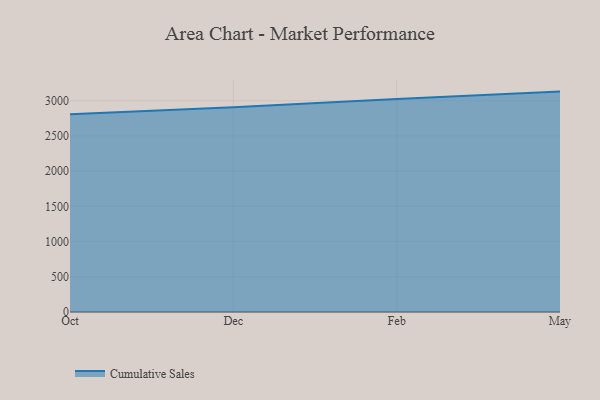
{"axis": {"x": "Month", "y": "Headcount"}, "legend": ["Cumulative Sales"], "data": [{"x": "Oct", "y": 2807.1, "type": "Cumulative Sales"}, {"x": "Dec", "y": 2908.0, "type": "Cumulative Sales"}, {"x": "Feb", "y": 3023.6, "type": "Cumulative Sales"}, {"x": "May", "y": 3130.0, "type": "Cumulative Sales"}]}